Civil Veterinary Department. Madras. Admin. report 1926-33 - 1926-1933
Year: 1926
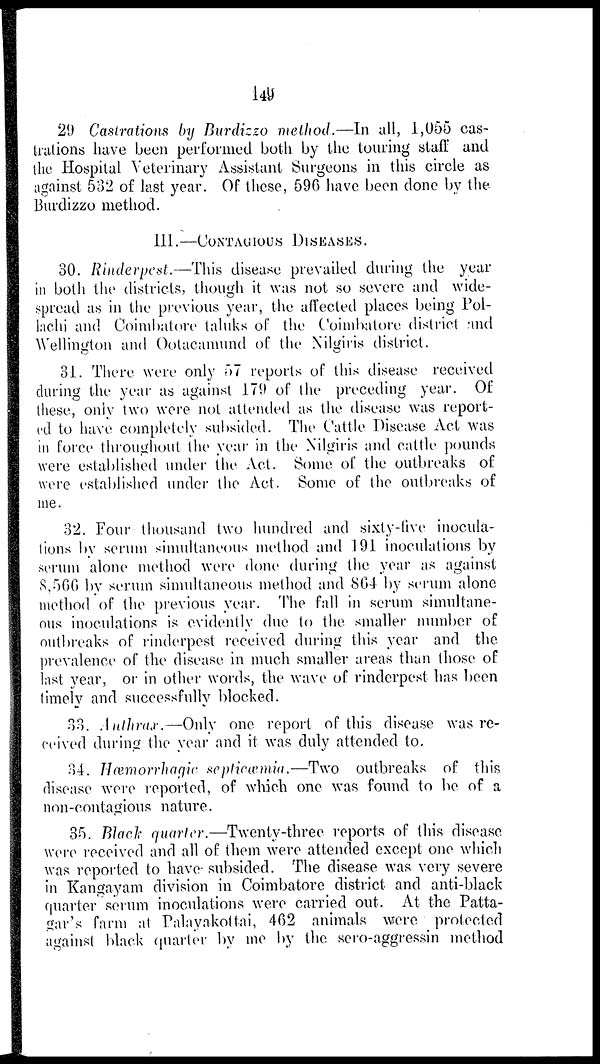
149
29 Castrations by Burdizzo method.—In all, 1,055 cas-
trations have been performed both by the touring staff and
the Hospital Veterinary Assistant Surgeons in this circle as
against 532 of last year. Of these, 596 have been done by the
Burdizzo method.
III.—CONTAGIOUS DISEASES.
30. Rinderpest,—This disease prevailed during the year
in both the districts, though it was not so severe and wide-
spread as in the previous year, the affected places being Pol-
lachi and Coimbatore taluks of the Coimbatore district and
Wellington and Ootacamund of the Nilgiris district.
31. There were only 57 reports of this disease received
during the year as against 179 of the preceding year. Of
these, only two were not attended as the disease was report-
ed to have completely subsided. The Cattle Disease Act was
in force throughout the year in the Nilgiris and cattle pounds
were established under the Act. Some of the outbreaks of
were established under the Act. Some of the outbreaks of
me.
32. Four thousand two hundred and sixty-five inocula-
tions by serum simultaneous method and 191 inoculations by
serum alone method were done during the year as against
8,566 by serum simultaneous method and 864 by serum alone
method of the previous year. The fall in serum simultane-
ous inoculations is evidently due to the smaller number of
outbreaks of rinderpest received during this year and the
prevalence of the disease in much smaller areas than those of
last year, or in other words, the wave of rinderpest has been
timely and successfully blocked.
33. Anthrax.—Only one report of this disease was re-
ceived during the year and it was duly attended to.
34. Hæmorrhagic septicæmia.—Two outbreaks of this
disease were reported, of which one was found to be of a
non-contagious nature.
35. Black quarter.—Twenty-three reports of this disease
were received and all of them were attended except one which
was reported to have subsided. The disease was very severe
in Kangayam division in Coimbatore district and anti-black
quarter serum inoculations were carried out. At the Patta-
gar's farm at Palayakottai, 462 animals were protected
against black quarter by me by the sero-aggressin method